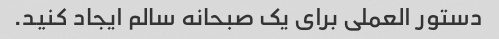
دستور العملی برای یک صبحانه سالم ایجاد کنید.